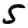
Digit: 5